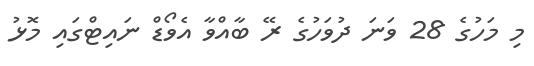
މި މަހުގެ 28 ވަނަ ދުވަހުގެ ރޭ ބާއްވާ އެވޯޑް ނައިޓްގައި މޮޅު